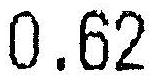
0.62